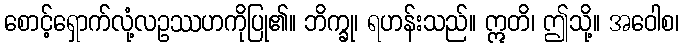
စောင့်ရှောက်လုံ့လဥဿဟကိုပြု၏။ ဘိက္ခု၊ ရဟန်းသည်။ ဣတိ၊ ဤသို့။ အဝေါစ၊